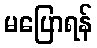
မပြောရန်